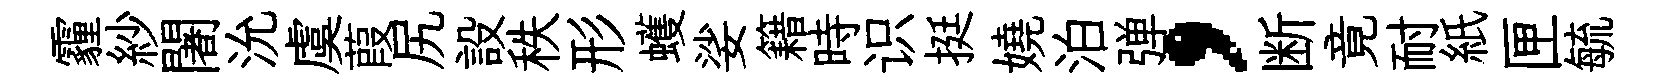
霾紗闍沇虞葭尻設秩形蠖娑籍時识挺嬈泊弹，断竟耐紙匣毓